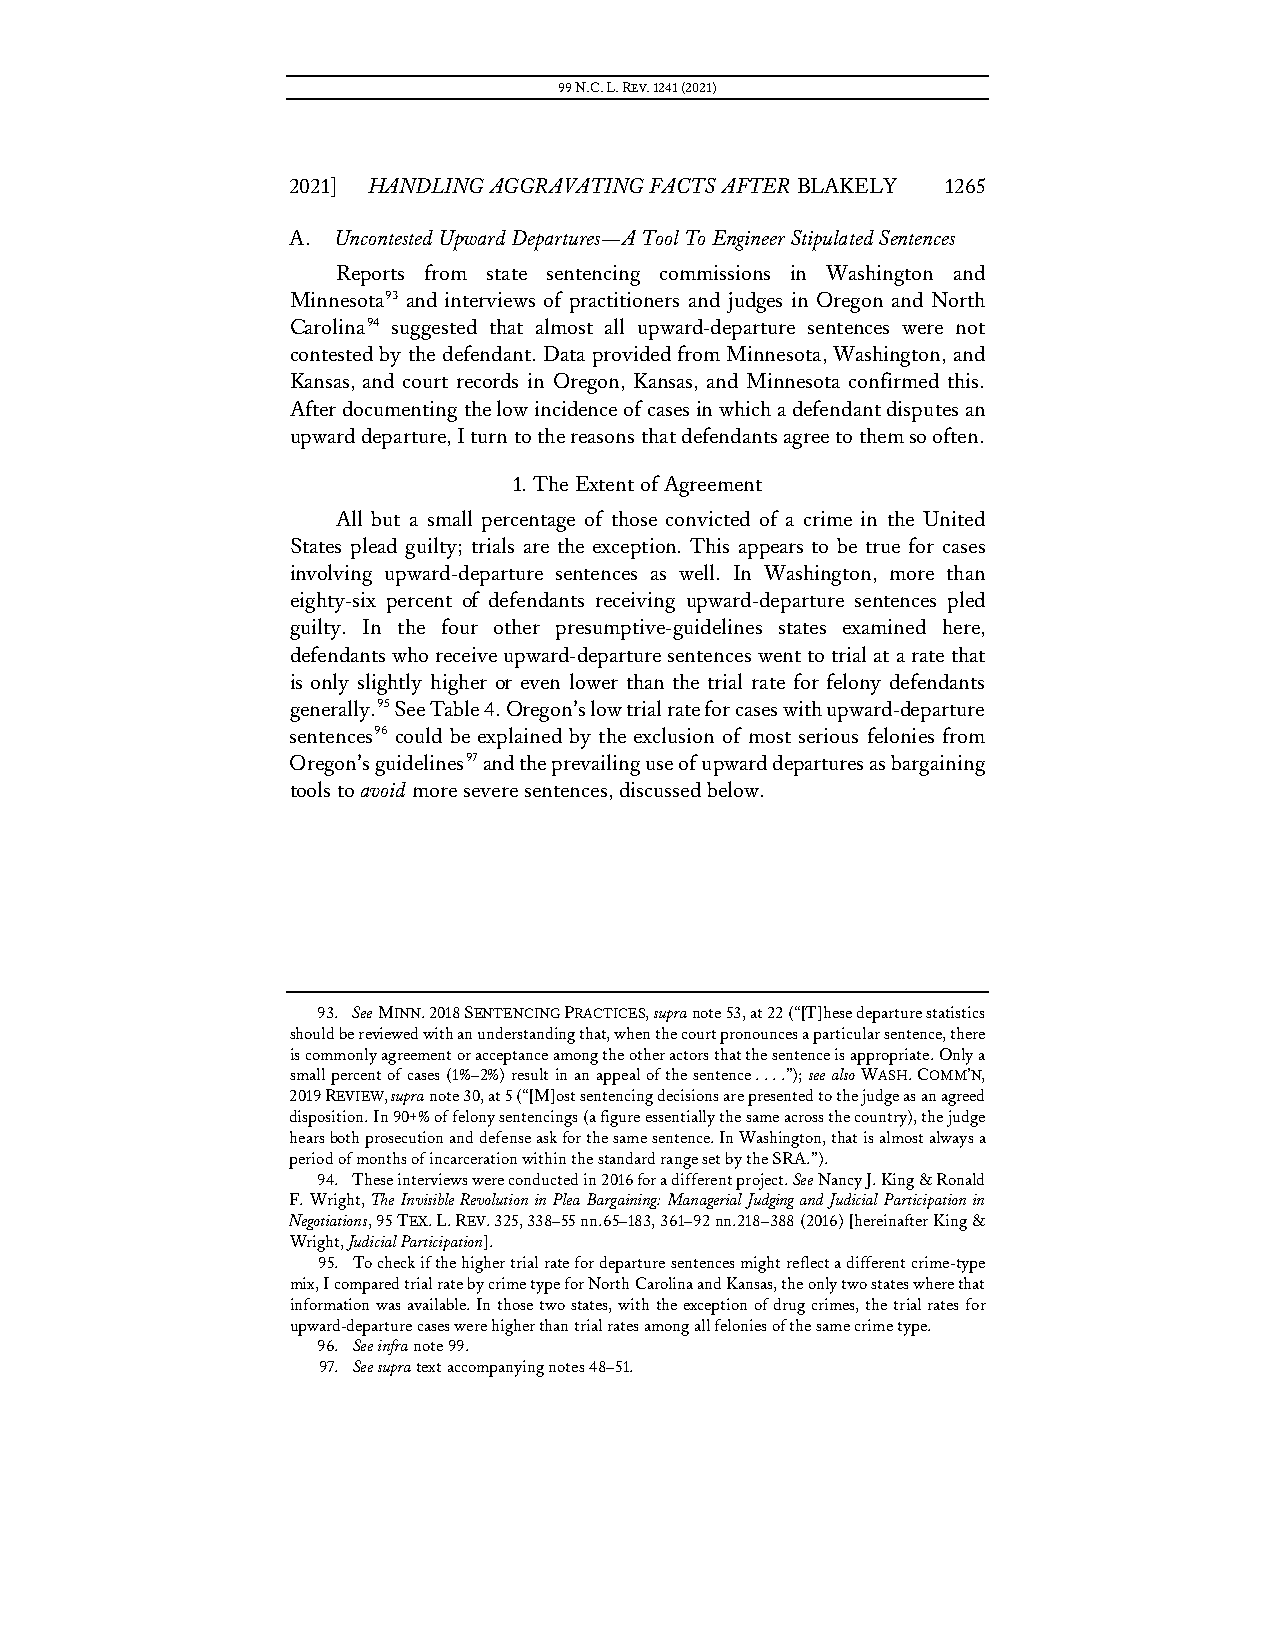
99 N.C. L. REV. 1241 (2021)
 2021] HANDLING AGGRAVATING FACTS AFTER BLAKELY 1265
 A. Uncontested Upward Departures—A Tool To Engineer Stipulated Sentences
 Reports from state sentencing commissions in Washington and
 Minnesota93 and interviews of practitioners and judges in Oregon and North
 Carolina94 suggested that almost all upward-departure sentences were not
 contested by the defendant. Data provided from Minnesota, Washington, and
 Kansas, and court records in Oregon, Kansas, and Minnesota confirmed this.
 After documenting the low incidence of cases in which a defendant disputes an
 upward departure, I turn to the reasons that defendants agree to them so often.
 1. The Extent of Agreement
 All but a small percentage of those convicted of a crime in the United
 States plead guilty; trials are the exception. This appears to be true for cases
 involving upward-departure sentences as well. In Washington, more than
 eighty-six percent of defendants receiving upward-departure sentences pled
 guilty. In the four other presumptive-guidelines states examined here,
 defendants who receive upward-departure sentences went to trial at a rate that
 is only slightly higher or even lower than the trial rate for felony defendants
 generally.95 See Table 4. Oregon’s low trial rate for cases with upward-departure
 sentences96 could be explained by the exclusion of most serious felonies from
 Oregon’s guidelines97 and the prevailing use of upward departures as bargaining
 tools to avoid more severe sentences, discussed below.
 93. See MINN. 2018 SENTENCING PRACTICES, supra note 53, at 22 (“[T]hese departure statistics
 should be reviewed with an understanding that, when the court pronounces a particular sentence, there
 is commonly agreement or acceptance among the other actors that the sentence is appropriate. Only a
 small percent of cases (1%–2%) result in an appeal of the sentence . . . .”); see also WASH. COMM’N,
 2019 REVIEW, supra note 30, at 5 (“[M]ost sentencing decisions are presented to the judge as an agreed
 disposition. In 90+% of felony sentencings (a figure essentially the same across the country), the judge
 hears both prosecution and defense ask for the same sentence. In Washington, that is almost always a
 period of months of incarceration within the standard range set by the SRA.”).
 94. These interviews were conducted in 2016 for a different project. See Nancy J. King & Ronald
 F. Wright, The Invisible Revolution in Plea Bargaining: Managerial Judging and Judicial Participation in
 Negotiations, 95 TEX. L. REV. 325, 338–55 nn.65–183, 361–92 nn.218–388 (2016) [hereinafter King &
 Wright, Judicial Participation].
 95. To check if the higher trial rate for departure sentences might reflect a different crime-type
 mix, I compared trial rate by crime type for North Carolina and Kansas, the only two states where that
 information was available. In those two states, with the exception of drug crimes, the trial rates for
 upward-departure cases were higher than trial rates among all felonies of the same crime type.
 96. See infra note 99.
 97. See supra text accompanying notes 48–51.